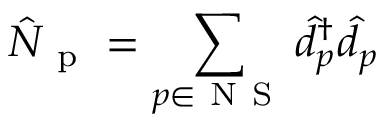
\hat { N } _ { \mathrm { ~ p ~ } } = \sum _ { p \in \ensuremath { \mathrm { ~ N ~ S ~ } } } \hat { d } _ { p } ^ { \dagger } \hat { d } _ { p }